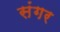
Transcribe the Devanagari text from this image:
संगर